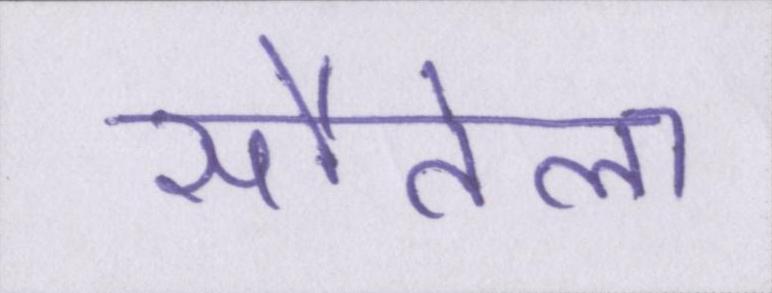
सौतेला